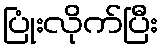
ပြုံးလိုက်ပြီး